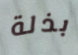
بذلة